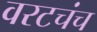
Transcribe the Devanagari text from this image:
वरटचंच